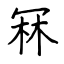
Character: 冧